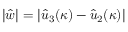
| \hat { w } | = | \hat { u } _ { 3 } ( \kappa ) - \hat { u } _ { 2 } ( \kappa ) |